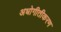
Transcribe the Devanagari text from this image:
अधोगीतीकरण